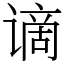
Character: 谪